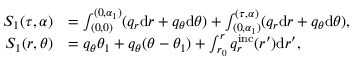
\begin{array} { r l } { S _ { 1 } ( \tau , \alpha ) } & { = \int _ { ( 0 , 0 ) } ^ { ( 0 , \alpha _ { 1 } ) } ( q _ { r } \mathrm { d } r + q _ { \theta } \mathrm { d } \theta ) + \int _ { ( 0 , \alpha _ { 1 } ) } ^ { ( \tau , \alpha ) } ( q _ { r } \mathrm { d } r + q _ { \theta } \mathrm { d } \theta ) , } \\ { S _ { 1 } ( r , \theta ) } & { = q _ { \theta } \theta _ { 1 } + q _ { \theta } ( \theta - \theta _ { 1 } ) + \int _ { r _ { 0 } } ^ { r } q _ { r } ^ { \mathrm { i n c } } ( r ^ { \prime } ) \mathrm { d } r ^ { \prime } , } \end{array}